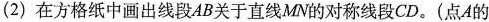
（2）在方格纸中画出线段AB关于直线MN的对称线段CD。（点A的